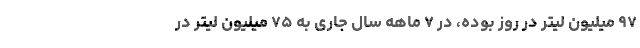
۹۷ میلیون لیتر در روز بوده، در ۷ ماهه سال جاری به ۷۵ میلیون لیتر در